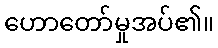
ဟောတော်မှုအပ်၏။